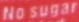
No sugar